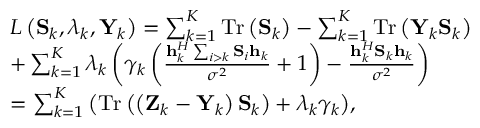
\begin{array} { r l } & { { \cal L } \left( { { { \bf { S } } _ { k } } , { \lambda _ { k } } , { { \bf { Y } } _ { k } } } \right) = \sum _ { k = 1 } ^ { K } { \mathrm { { T r } } } \left( { { { \bf { S } } _ { k } } } \right) - \sum _ { k = 1 } ^ { K } { { \mathrm { T r } } \left( { { { \bf { Y } } _ { k } } { { \bf { S } } _ { k } } } \right) } } \\ & { + \sum _ { k = 1 } ^ { K } { { \lambda _ { k } } \left( { { \gamma _ { k } } \left( { \frac { { { \bf { h } } _ { k } ^ { H } \sum _ { i > k } { { { \bf { S } } _ { i } } { { \bf { h } } _ { k } } } } } { { { \sigma ^ { 2 } } } } + 1 } \right) - \frac { { { \bf { h } } _ { k } ^ { H } { { \bf { S } } _ { k } } { { \bf { h } } _ { k } } } } { { { \sigma ^ { 2 } } } } } \right) } } \\ & { = \sum _ { k = 1 } ^ { K } { \left( { \mathrm { { T r } } \left( { \left( { { { \bf { Z } } _ { k } } - { { \bf { Y } } _ { k } } } \right) { { \bf { S } } _ { k } } } \right) + { \lambda _ { k } } { \gamma _ { k } } } \right) } , } \end{array}